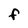
Character: F